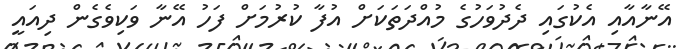
އޭނާއާއި އެކުގައި ދެދުވަހުގެ މުއްދަތަކަށް އުފާ ކުރުމަށް ފަހު އޭނާ ވަކިވެގެން ދިއައީ